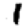
Digit: 1